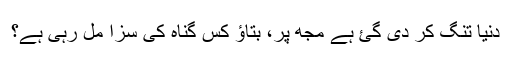
دنیا تنگ کر دی گئ ہے مجھ پر، بتاؤ کس گناہ کی سزا مل رہی ہے؟